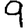
Digit: 9